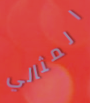
المثالي